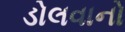
ડોલવાનો